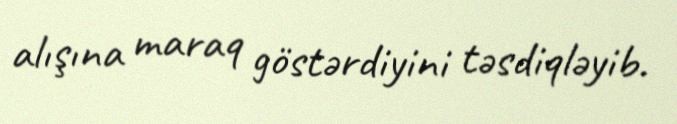
alışına maraq göstərdiyini təsdiqləyib.